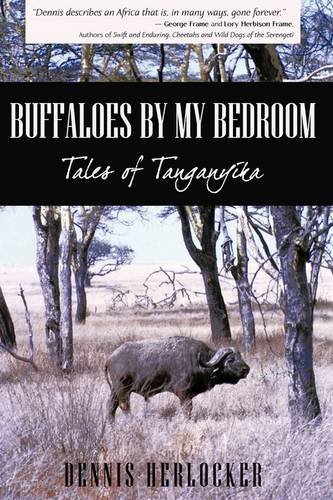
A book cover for Buffaloes by My Bedroom; Dennis Herlocker; Travel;